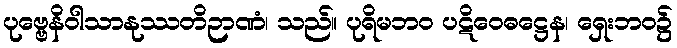
ပုဗ္ဗေနိဝါသာနုဿတိဉာဏံ၊ သည်။ ပုရိမဘဝ ပဋိဝေဓဋ္ဌေန၊ ရှေးဘဝ၌